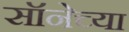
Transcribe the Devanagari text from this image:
सॉनेच्या